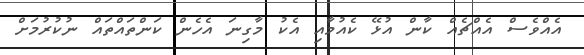
އެއްވެސް އެއްޗެއް ކާން އުޅޭ ކެއުމާއި އެކު މާގިނަ އެހެން ކަންތައްތައް ނުކުރުމަށް